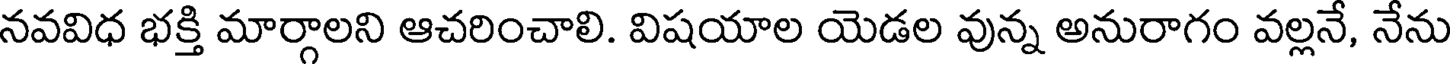
నవవిధ భక్తి మార్గాలని ఆచరించాలి. విషయాల యెడల వున్న అనురాగం వల్లనే, నేను